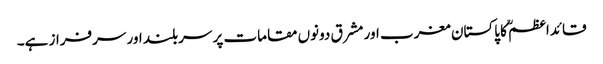
قائداعظمؒ کا پاکستان مغرب اور مشرق دونوں مقامات پر سربلند اور سرفراز ہے۔